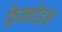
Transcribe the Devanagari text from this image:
फ़्रेक्वोइस